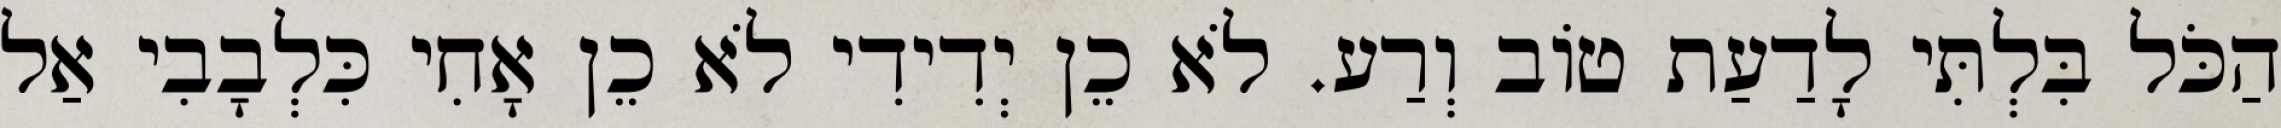
הַכֹּל בִּלְתִּי לָדַעַת טוֹב וְרַע. לֹא כֵן יְדִידִי לֹא כֵן אָחִי כִּלְבָבִי אַל